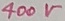
Text: 400V